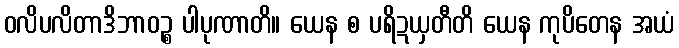
ဝလိပလိတာဒိဘာဝဉ္စ ပါပုဏာတိ။ ယေန စ ပရိဍယှတီတိ ယေန ကုပိတေန အယံ